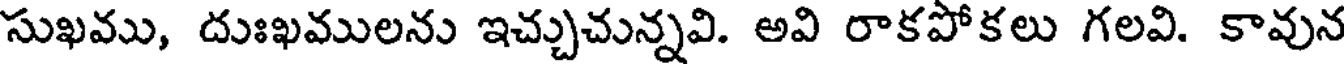
సుఖము, దుఃఖములను ఇచ్చుచున్నవి. అవి రాకపోకలు గలవి. కావున